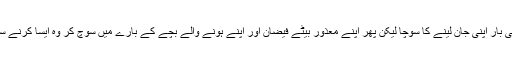
نگہت نے کئی بار اپنی جان لینے کا سوچا لیکن پھر اپنے معذور بیٹے فیضان اور اپنے ہونے والے بچے کے بارے میں سوچ کر وہ ایسا کرنے سے باز رہتی۔